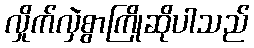
လှိုက်လှဲစွာကြိုဆိုပါသည်